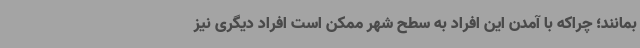
بمانند؛ چراکه با آمدن این افراد به سطح شهر ممکن است افراد دیگری نیز